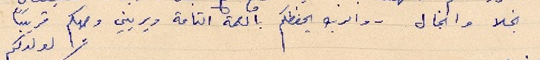
نجلا وانجال. والرب يحفظكم بالصحة التامة ويريني وجهكم قريباً